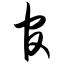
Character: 官